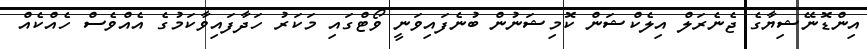
އިންޑޮނޭޝިޔާގެ ޖެނެރަލް އިލެކްޝަން ކޮމިޝަނުން ބުނެފައިވަނީ ވޯޓްގައި މަކަރު ހަދާފައިވާކަމުގެ އެއްވެސް ހެއްކެއް